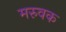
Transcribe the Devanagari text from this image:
मरुवक